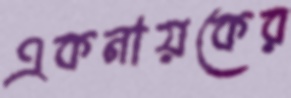
একনায়কের